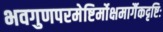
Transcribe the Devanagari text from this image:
भवगुणपरमेष्टिर्मोक्षमार्गैकदृष्टिः